65_HS1-834228961_62-HQ-83894_Section_4
Agency: FBI
Page 111
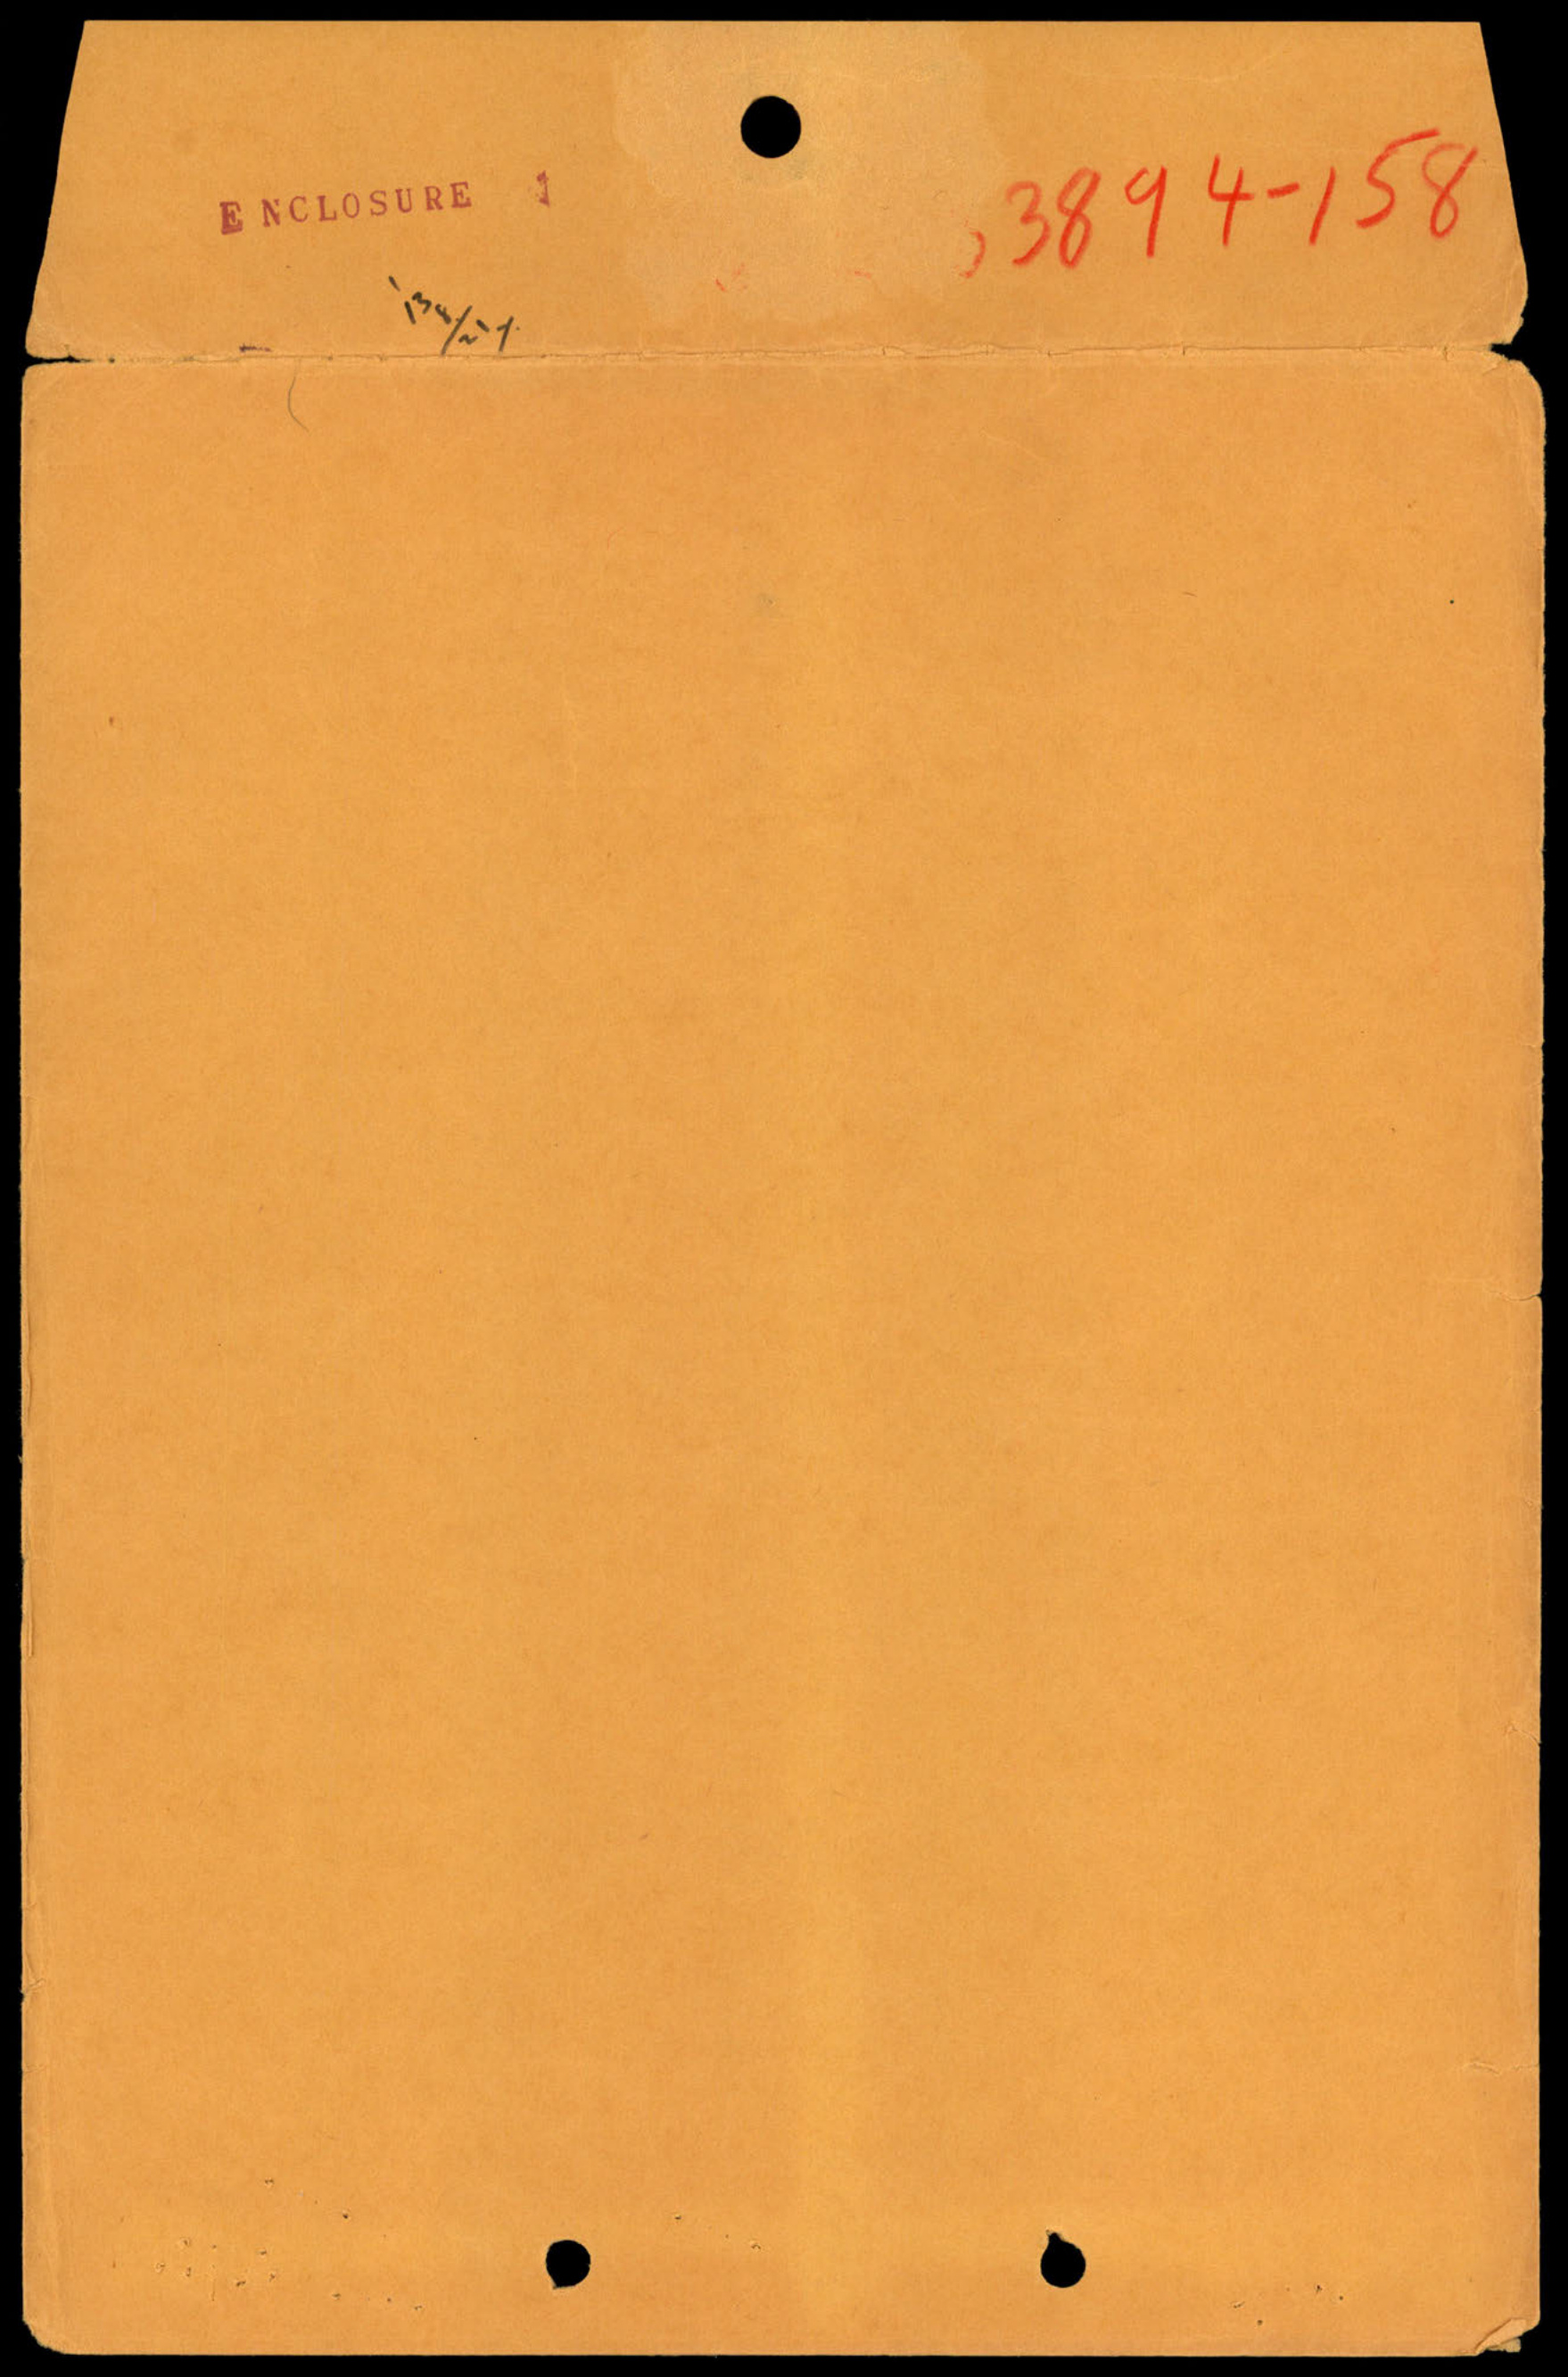